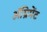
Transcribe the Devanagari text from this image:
ॲग्रिमेंट